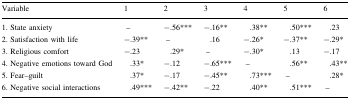
| Variable | 1 | 2 | 3 | 4 | 5 | 6 |
 | --- | --- | --- | --- | --- | --- | --- |
 | 1. State anxiety | – | −.56*** | −.16** | .38** | .50*** | .23 |
 | 2. Satisfaction with life | −.39** | – | .16 | −.26* | −.37** | −.29* |
 | 3. Religious comfort | −.23 | .29* | – | −.30* | .13 | −.17 |
 | 4. Negative emotions toward God | .33* | −.12 | −.65*** | – | .56** | .43** |
 | 5. Fear–guilt | .37* | −.17 | −.45** | .73*** | – | .28* |
 | 6. Negative social interactions | .49*** | −.42** | −.22 | .40** | .51*** | – |